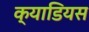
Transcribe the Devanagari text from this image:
क्याडियस